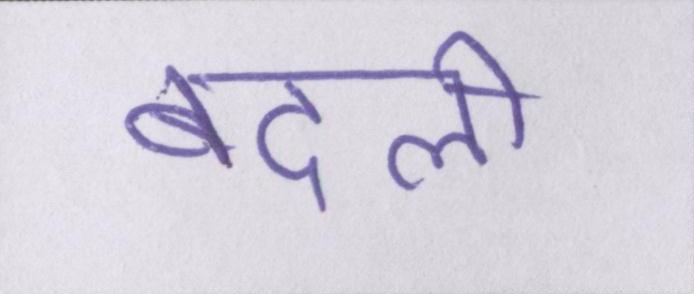
बदली